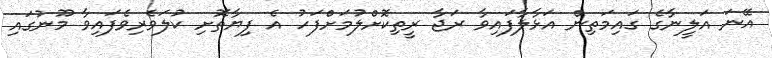
އޭނަ އަލީނާގެ ގައިމަތިން އަޅާލާފައިވާ ރަޖާ ރީތިކޮށްލުމަށްފަހު އެ ފިޔާތޮށި ކުލަވެރިވެފައިވާ މޫނުގައި